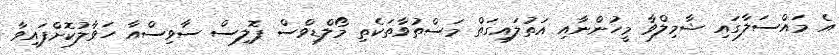
އެ މައްސަލާގައި ޝާމިލްވާ މީހުންނާއި އަތުލައިގަތް މަސްތުވާތަކެތި މޯލްޑިވްސް ޕޮލިސް ސާވިސްއާ ހަވާލުކޮށްފައިވާ